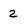
Character: 2